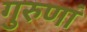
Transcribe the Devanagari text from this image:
गुरुणां